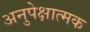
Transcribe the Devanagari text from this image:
अनुपेक्षात्मक